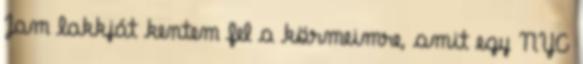
Jam lakkját kentem fel a körmeimre, amit egy NYC